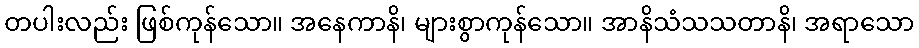
တပါးလည်း ဖြစ်ကုန်သော။ အနေကာနိ၊ များစွာကုန်သော။ အာနိသံသသတာနိ၊ အရာသော